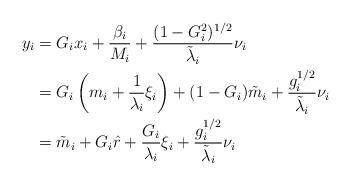
LaTeX: \begin{align*}y_i &= G_i x_i + \frac{\beta_i}{M_i} + \frac{(1-G_i^2)^{1/2}}{\tilde{\lambda}_i} \nu_i \\&= G_i \left( m_i + \frac{1}{\lambda_i} \xi_i \right) + (1-G_i) \tilde{m}_i + \frac{g_i^{1/2}}{\tilde{\lambda}_i} \nu_i \\&= \tilde{m}_i + G_i \hat{r} + \frac{G_i}{\lambda_i} \xi_i + \frac{g_i^{1/2}}{\tilde{\lambda}_i} \nu_i \end{align*}